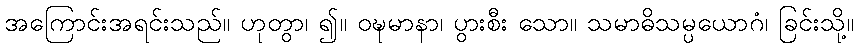
အကြောင်းအရင်းသည်။ ဟုတွာ၊ ၍။ ဝဍ္ဎမာနာ၊ ပွားစီး သော။ သမာဓိသမ္ပယောဂံ၊ ခြင်းသို့။